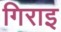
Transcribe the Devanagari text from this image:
गिराइ